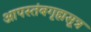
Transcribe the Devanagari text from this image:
आपस्तंबगृह्मसूत्र